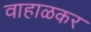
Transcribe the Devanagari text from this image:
वाहाळकर